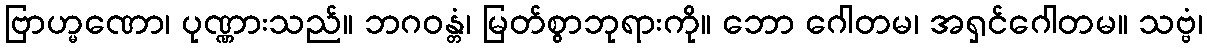
ဗြာဟ္မဏော၊ ပုဏ္ဏားသည်။ ဘဂဝန္တံ၊ မြတ်စွာဘုရားကို။ ဘော ဂေါတမ၊ အရှင်ဂေါတမ။ သဗ္ဗံ၊